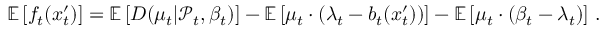
\begin{array} { r } { \mathbb { E } \left[ f _ { t } ( x _ { t } ^ { \prime } ) \right] = \mathbb { E } \left[ D ( \mu _ { t } | \mathcal { P } _ { t } , \beta _ { t } ) \right] - \mathbb { E } \left[ \mu _ { t } \cdot ( \lambda _ { t } - b _ { t } ( x _ { t } ^ { \prime } ) ) \right] - \mathbb { E } \left[ \mu _ { t } \cdot ( \beta _ { t } - \lambda _ { t } ) \right] \, . } \end{array}